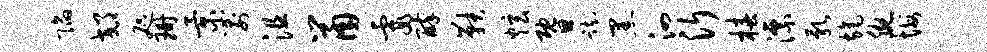
陷郊咫珊景箭沮鼠霞醉鞅炫暨踟黑泗沂椿漂乳旄腕悔